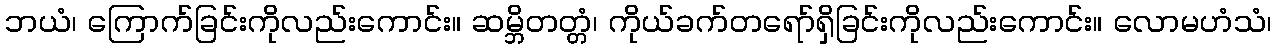
ဘယံ၊ ကြောက်ခြင်းကိုလည်းကောင်း။ ဆမ္ဘိတတ္တံ၊ ကိုယ်ခက်တရော်ရှိခြင်းကိုလည်းကောင်း။ လောမဟံသံ၊